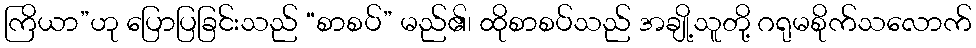
ကြိယာ”ဟု ပြောပြခြင်းသည် “စာစပ်” မည်၏၊ ထိုစာစပ်သည် အချို့သူတို့ ဂရုမစိုက်သလောက်